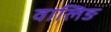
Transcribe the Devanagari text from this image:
वालिङ